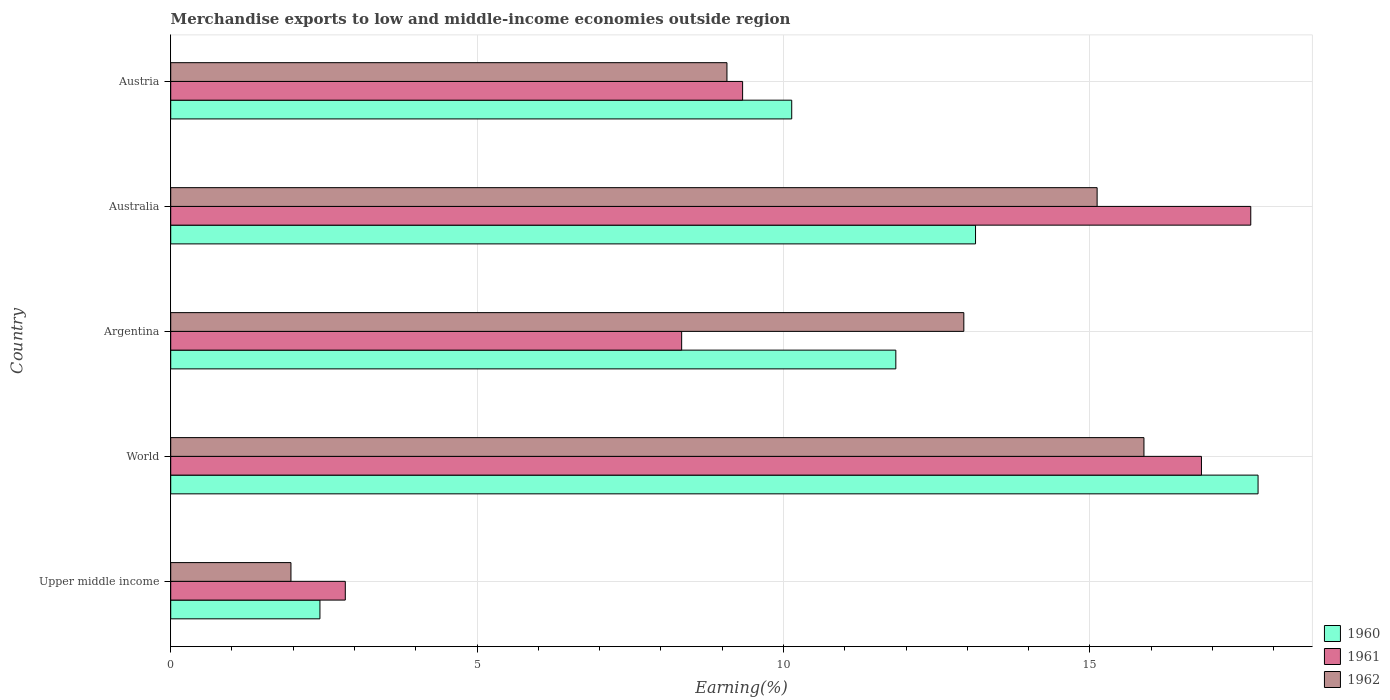
| Country | 1960 | 1961 | 1962 |
 | --- | --- | --- | --- |
 | Upper middle income | 2.44 | 2.85 | 1.96 |
 | World | 17.7 | 16.8 | 15.9 |
 | Argentina | 11.8 | 8.34 | 12.9 |
 | Australia | 13.1 | 17.6 | 15.1 |
 | Austria | 10.1 | 9.33 | 9.08 |